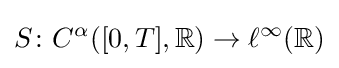
S\colon C^{\alpha }([0,T],\mathbb {R} )\to \ell ^{\infty }(\mathbb {R} )